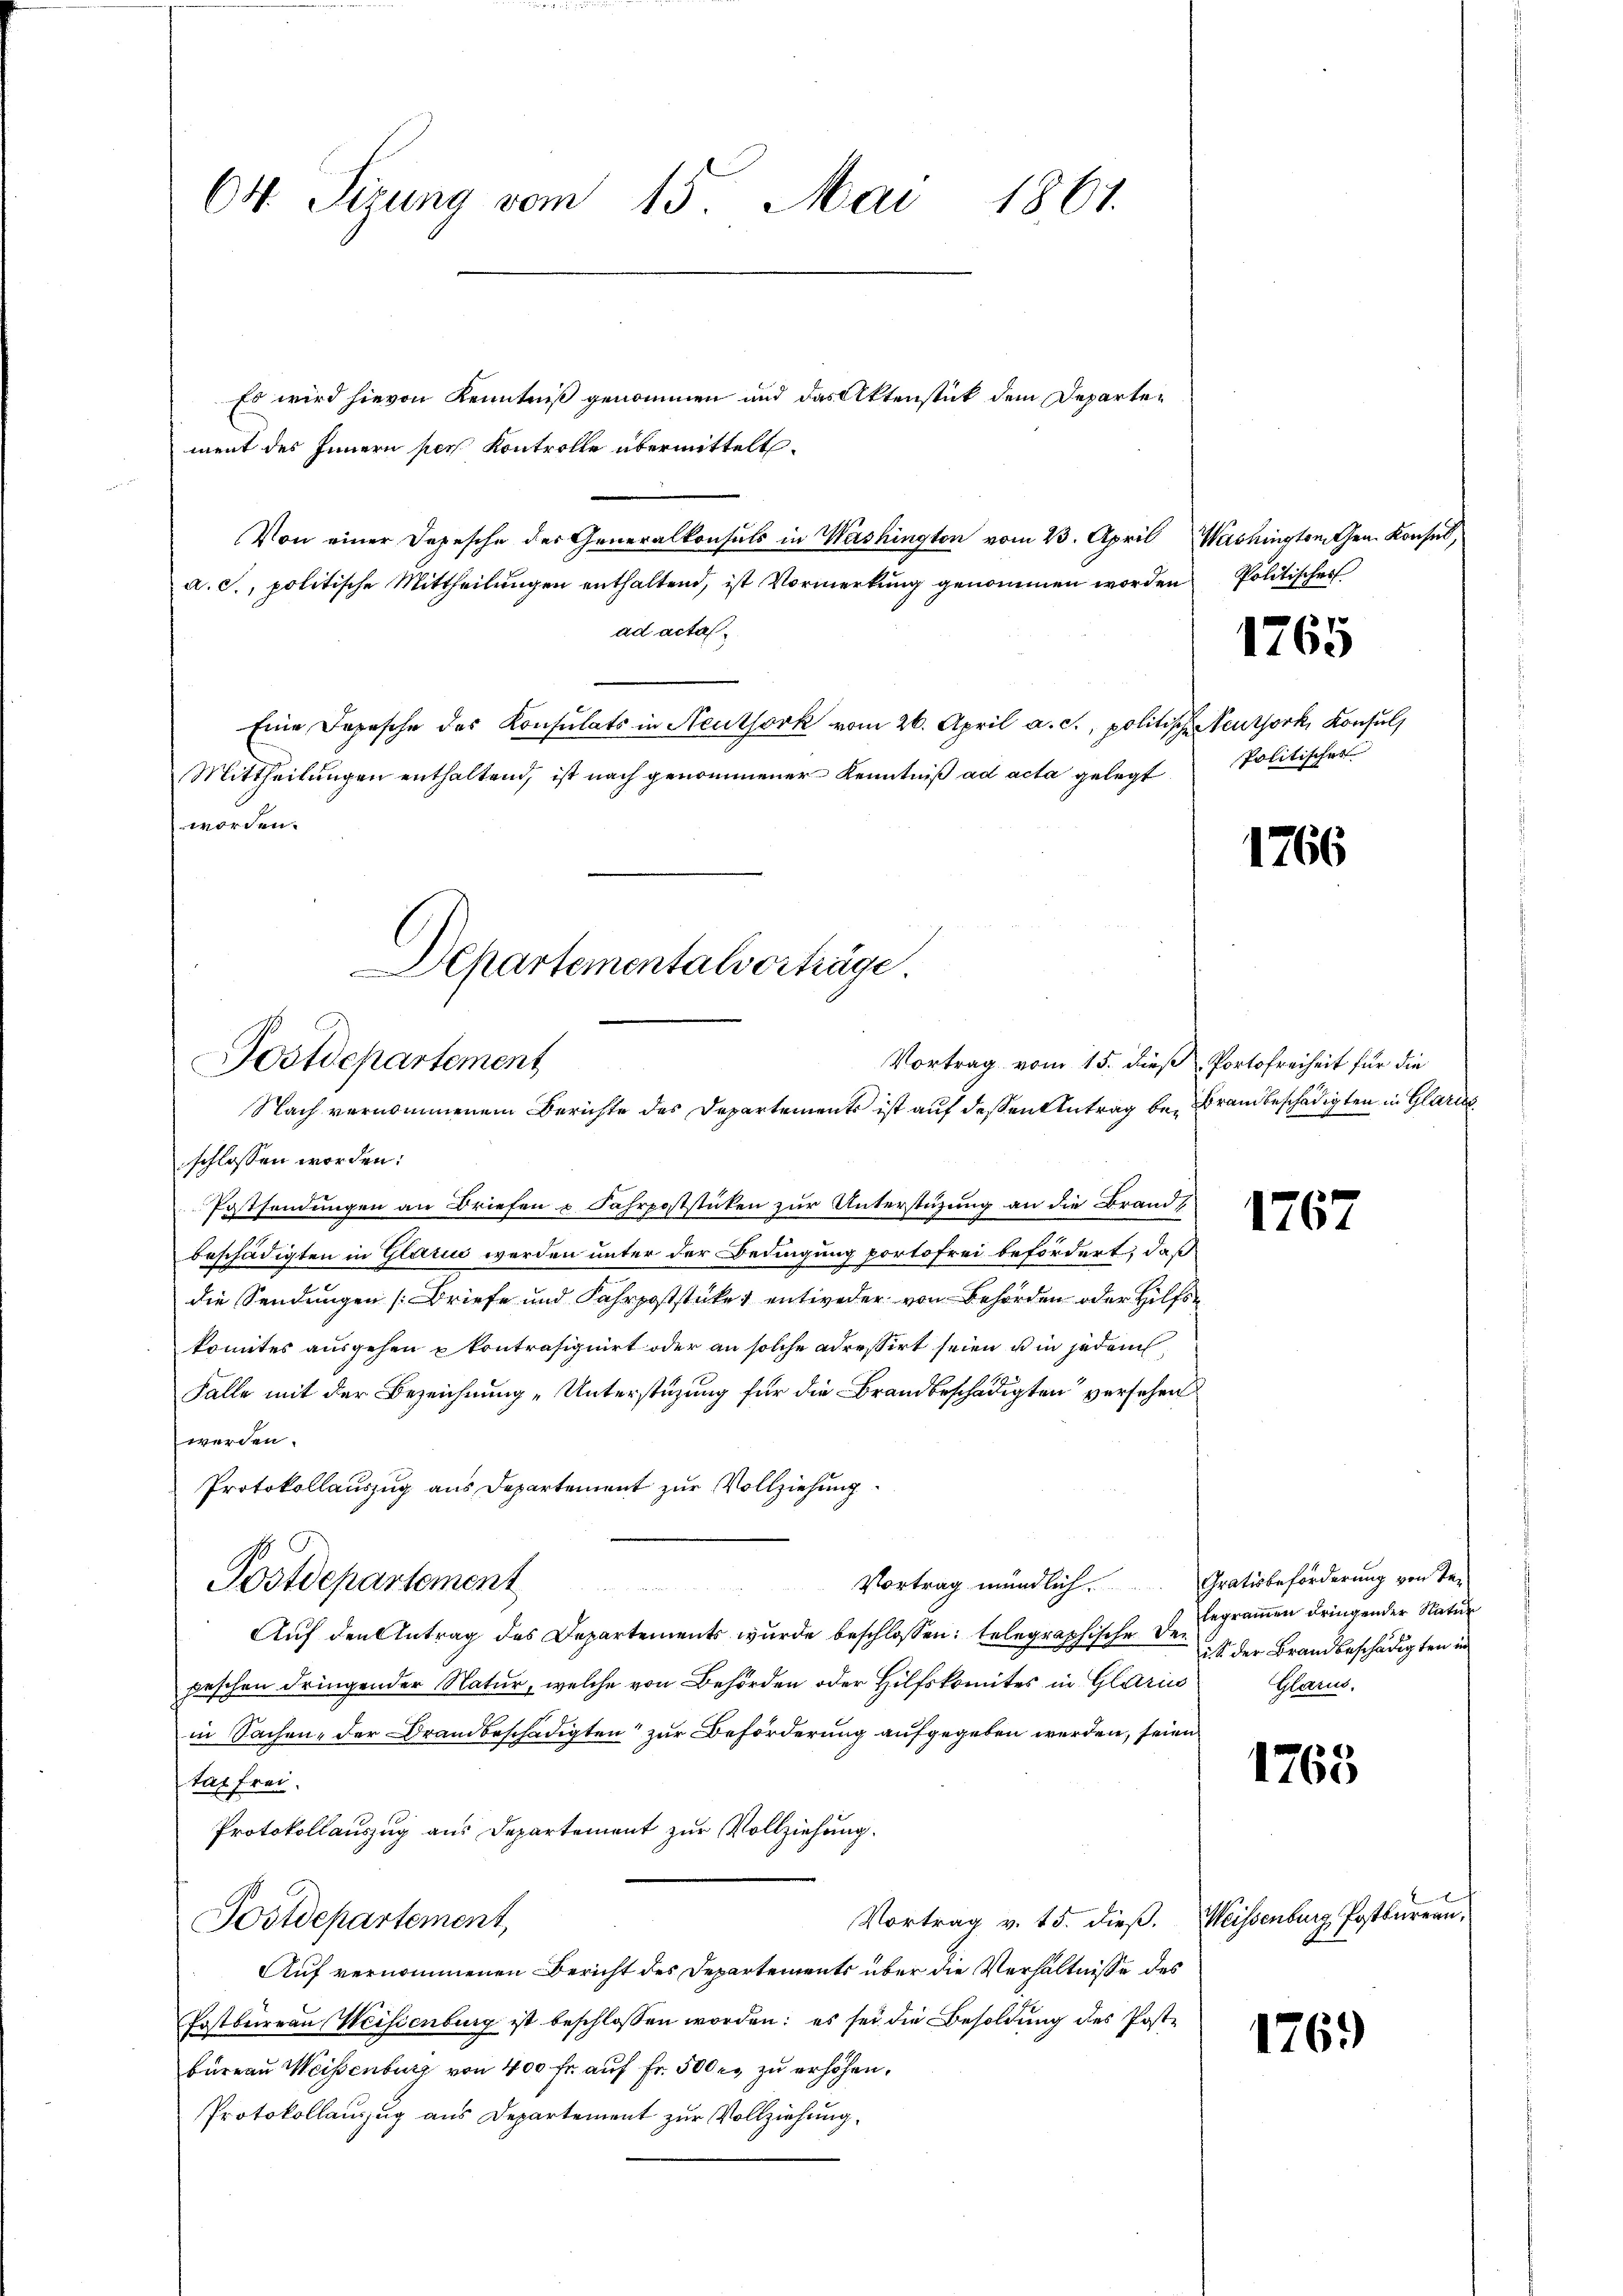
64. Sizung vom 15. Mai 1861.

Es wird hievon Kenntniß genommen und das Aktenstück dem Departement des Innern per Kontrolle übermittelt.
Von einer Depesche des Generalkonsuls in Washington vom 23. April Washingtonten Konses,
a. c., politische Mittheilungen enthaltend, ist Vormerkung genommen worden
ad acta
Eine Depesche des Konsulats in Neuthork vom 26. April a. c., politische enthork, Konsuls
Mittheilungen enthaltend, ist nach genommener Kenntniß ad acta gelegt
worden.

Departementalverträge.
Postdepartement
Nach vernommenem Berichte des Departements ist auf dessen Antrag be- Brandbeschädigten in Glarus

Politisches

schlossen worden:
Postsendungen an Briefen u Fahrpoststücken zur Unterstüzung an die Brands
beschädigten in Glarus werden unter der Bedingung portofrei befördert, daß
die Sendungen [Briefe und Fahrpoststücke entweder von Behörden oder Hilfskomites ausgehen kontrasignirt oder an solche adressirt seien u in jedem
Falle mit der Bezeichnung „Unterstüzung für die Brandbeschädigten versehen
werden.
Protokollauszug aus Departement zur Vollziehung
Vortrag mündlich. Gratisbeförderung von Te-
Postdepartement
Auf den Antrag des Departements wurde beschlossen: telegraphische der der Brandbeschädigten in
peschen dringender Natur, welche von Behörden oder Hilfskomites in Glarus
in Sachen, der Brandbeschädigten zur Beförderung aufgegeben werden, seien
tat frei.
Protokollauszug aus Departement zur Vollziehung.
Vortrag v. 15. dieß. Weissenburg Postbarern,
Postdepartement,
Auf vernommenen Bericht des Departements über die Verhältnisse des
Prstbureau Weissenburg ist beschlossen worden; es sei die Besoldung des Poste
bureau Weisenburg von 400 fr. auf Fr. 500 r. zu erhöhen.
Protokollanzug aus Departement zur Vollziehung.

1765

Politisches

1766

Vortrag vom 15. dieß Portofreiheit für die

1767

legrammen dringender Natur
Glarus.

1765

1769